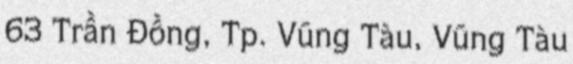
63 Trần Đồng, Tp. Vũng Tàu, Vũng Tàu